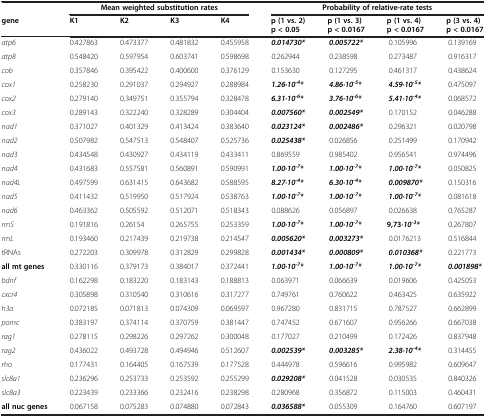
<table><thead><tr><td><b> </b></td><td colspan="4"><b>Mean weighted substitution rates</b></td><td colspan="4"><b>Probability of relative-rate tests</b></td></tr><tr><td><b>gene</b></td><td><b>K1</b></td><td><b>K2</b></td><td><b>K3</b></td><td><b>K4</b></td><td><b>p (1 vs. 2) p &lt; 0.05</b></td><td><b>p (1 vs. 3) p &lt; 0.0167</b></td><td><b>p (1 vs. 4) p &lt; 0.0167</b></td><td><b>p (3 vs. 4) p &lt; 0.0167</b></td></tr></thead><tbody><tr><td><i>atp6</i></td><td>0.427863</td><td>0.473377</td><td>0.481832</td><td>0.455958</td><td><b><i>0.014730*</i></b></td><td><b><i>0.005722*</i></b></td><td>0.105996</td><td>0.139169</td></tr><tr><td><i>atp8</i></td><td>0.548420</td><td>0.597954</td><td>0.603741</td><td>0.598698</td><td>0.262944</td><td>0.238598</td><td>0.273487</td><td>0.916317</td></tr><tr><td><i>cob</i></td><td>0.357846</td><td>0.395422</td><td>0.400600</td><td>0.376129</td><td>0.153630</td><td>0.127295</td><td>0.461317</td><td>0.438624</td></tr><tr><td><i>cox1</i></td><td>0.258230</td><td>0.291037</td><td>0.294927</td><td>0.288984</td><td><b><i>1.26·10</i></b><sup><b><i>-4</i></b></sup><b><i>*</i></b></td><td><b><i>4.86·10</i></b><sup><b><i>-5</i></b></sup><b><i>*</i></b></td><td><b><i>4.59·10</i></b><sup><b><i>-5</i></b></sup><b><i>*</i></b></td><td>0.475097</td></tr><tr><td><i>cox2</i></td><td>0.279140</td><td>0.349751</td><td>0.355794</td><td>0.328478</td><td><b><i>6.31·10</i></b><sup><b><i>-6</i></b></sup><b><i>*</i></b></td><td><b><i>3.76·10</i></b><sup><b><i>-6</i></b></sup><b><i>*</i></b></td><td><b><i>5.41·10</i></b><sup><b><i>-4</i></b></sup><b><i>*</i></b></td><td>0.068572</td></tr><tr><td><i>cox3</i></td><td>0.289143</td><td>0.322240</td><td>0.328289</td><td>0.304404</td><td><b><i>0.007560*</i></b></td><td><b><i>0.002549*</i></b></td><td>0.170152</td><td>0.046288</td></tr><tr><td><i>nad1</i></td><td>0.371027</td><td>0.401329</td><td>0.413424</td><td>0.383640</td><td><b><i>0.023124*</i></b></td><td><b><i>0.002486*</i></b></td><td>0.296321</td><td>0.020798</td></tr><tr><td><i>nad2</i></td><td>0.507982</td><td>0.547513</td><td>0.548407</td><td>0.525736</td><td><b><i>0.025438*</i></b></td><td>0.026856</td><td>0.251499</td><td>0.170942</td></tr><tr><td><i>nad3</i></td><td>0.434548</td><td>0.430927</td><td>0.434119</td><td>0.433411</td><td>0.869559</td><td>0.985402</td><td>0.956541</td><td>0.974496</td></tr><tr><td><i>nad4</i></td><td>0.431683</td><td>0.557581</td><td>0.560891</td><td>0.590991</td><td><b><i>1.00·10</i></b><sup><b><i>-7</i></b></sup><b><i>*</i></b></td><td><b><i>1.00·10</i></b><sup><b><i>-7</i></b></sup><b><i>*</i></b></td><td><b><i>1.00·10</i></b><sup><b><i>-7</i></b></sup><b><i>*</i></b></td><td>0.050825</td></tr><tr><td><i>nad4L</i></td><td>0.497599</td><td>0.631415</td><td>0.643682</td><td>0.588595</td><td><b><i>8.27·10</i></b><sup><b><i>-4</i></b></sup><b><i>*</i></b></td><td><b><i>6.30·10</i></b><sup><b><i>-4</i></b></sup><b><i>*</i></b></td><td><b><i>0.009870*</i></b></td><td>0.150316</td></tr><tr><td><i>nad5</i></td><td>0.411432</td><td>0.519950</td><td>0.517924</td><td>0.538763</td><td><b><i>1.00·10</i></b><sup><b><i>-7</i></b></sup><b><i>*</i></b></td><td><b><i>1.00·10</i></b><sup><b><i>-7</i></b></sup><b><i>*</i></b></td><td><b><i>1.00·10</i></b><sup><b><i>-7</i></b></sup><b><i>*</i></b></td><td>0.081618</td></tr><tr><td><i>nad6</i></td><td>0.463362</td><td>0.505592</td><td>0.512071</td><td>0.518343</td><td>0.088626</td><td>0.056897</td><td>0.026638</td><td>0.765287</td></tr><tr><td><i>rrnS</i></td><td>0.191816</td><td>0.26154</td><td>0.265755</td><td>0.253359</td><td><b><i>1.00·10</i></b><sup><b><i>-7</i></b></sup><b><i>*</i></b></td><td><b><i>1.00·10</i></b><sup><b><i>-7</i></b></sup><b><i>*</i></b></td><td><b>9,73</b><b><i>·10</i></b><sup><b><i>-3</i></b></sup><b><i>*</i></b></td><td>0.267807</td></tr><tr><td><i>rrnL</i></td><td>0.193460</td><td>0.217439</td><td>0.219738</td><td>0.214547</td><td><b><i>0.005620*</i></b></td><td><b><i>0.003273*</i></b></td><td>0.0176213</td><td>0.516844</td></tr><tr><td>tRNAs</td><td>0.272203</td><td>0.309978</td><td>0.312829</td><td>0.299828</td><td><b><i>0.001434*</i></b></td><td><b><i>0.000809*</i></b></td><td><b><i>0.010368*</i></b></td><td>0.221773</td></tr><tr><td><b>all mt genes</b></td><td>0.330116</td><td>0.379173</td><td>0.384017</td><td>0.372441</td><td><b><i>1.00·10</i></b><sup><b><i>-7</i></b></sup><b><i>*</i></b></td><td><b><i>1.00·10</i></b><sup><b><i>-7</i></b></sup><b><i>*</i></b></td><td><b><i>1.00·10</i></b><sup><b><i>-7</i></b></sup><b><i>*</i></b></td><td><b><i>0.001898*</i></b></td></tr><tr><td><i>bdnf</i></td><td>0.162298</td><td>0.183220</td><td>0.183143</td><td>0.188813</td><td>0.063971</td><td>0.066639</td><td>0.019606</td><td>0.425053</td></tr><tr><td><i>cxcr4</i></td><td>0.305898</td><td>0.310540</td><td>0.310616</td><td>0.317277</td><td>0.749761</td><td>0.760622</td><td>0.463425</td><td>0.635922</td></tr><tr><td><i>h3a</i></td><td>0.072185</td><td>0.071813</td><td>0.074309</td><td>0.069597</td><td>0.967280</td><td>0.831715</td><td>0.787527</td><td>0.662899</td></tr><tr><td><i>pomc</i></td><td>0.383197</td><td>0.374114</td><td>0.370759</td><td>0.381447</td><td>0.747452</td><td>0.671607</td><td>0.956266</td><td>0.667038</td></tr><tr><td><i>rag1</i></td><td>0.278115</td><td>0.298226</td><td>0.297262</td><td>0.300048</td><td>0.177027</td><td>0.210499</td><td>0.172426</td><td>0.837948</td></tr><tr><td><i>rag2</i></td><td>0.436022</td><td>0.493728</td><td>0.494946</td><td>0.512607</td><td><b><i>0.002539*</i></b></td><td><b><i>0.003285*</i></b></td><td><b><i>2.38·10</i></b><sup><b><i>-4</i></b></sup><b><i>*</i></b></td><td>0.314455</td></tr><tr><td><i>rho</i></td><td>0.177431</td><td>0.164405</td><td>0.167539</td><td>0.177528</td><td>0.444978</td><td>0.596616</td><td>0.995982</td><td>0.609647</td></tr><tr><td><i>slc8a1</i></td><td>0.236296</td><td>0.253733</td><td>0.253592</td><td>0.255299</td><td><b><i>0.029208*</i></b></td><td>0.041528</td><td>0.030535</td><td>0.840326</td></tr><tr><td><i>slc8a3</i></td><td>0.223439</td><td>0.233366</td><td>0.232416</td><td>0.238298</td><td>0.280968</td><td>0.356872</td><td>0.115003</td><td>0.460431</td></tr><tr><td><b>all nuc genes</b></td><td>0.067158</td><td>0.075283</td><td>0.074880</td><td>0.072843</td><td><b><i>0.036588*</i></b></td><td>0.055309</td><td>0.164760</td><td>0.607197</td></tr></tbody></table>